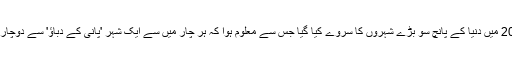
2014 میں دنیا کے پانچ سو بڑے شہروں کا سروے کیا گیا جس سے معلوم ہوا کہ ہر چار میں سے ایک شہر 'پانی کے دباؤ' سے دوچار ہے۔